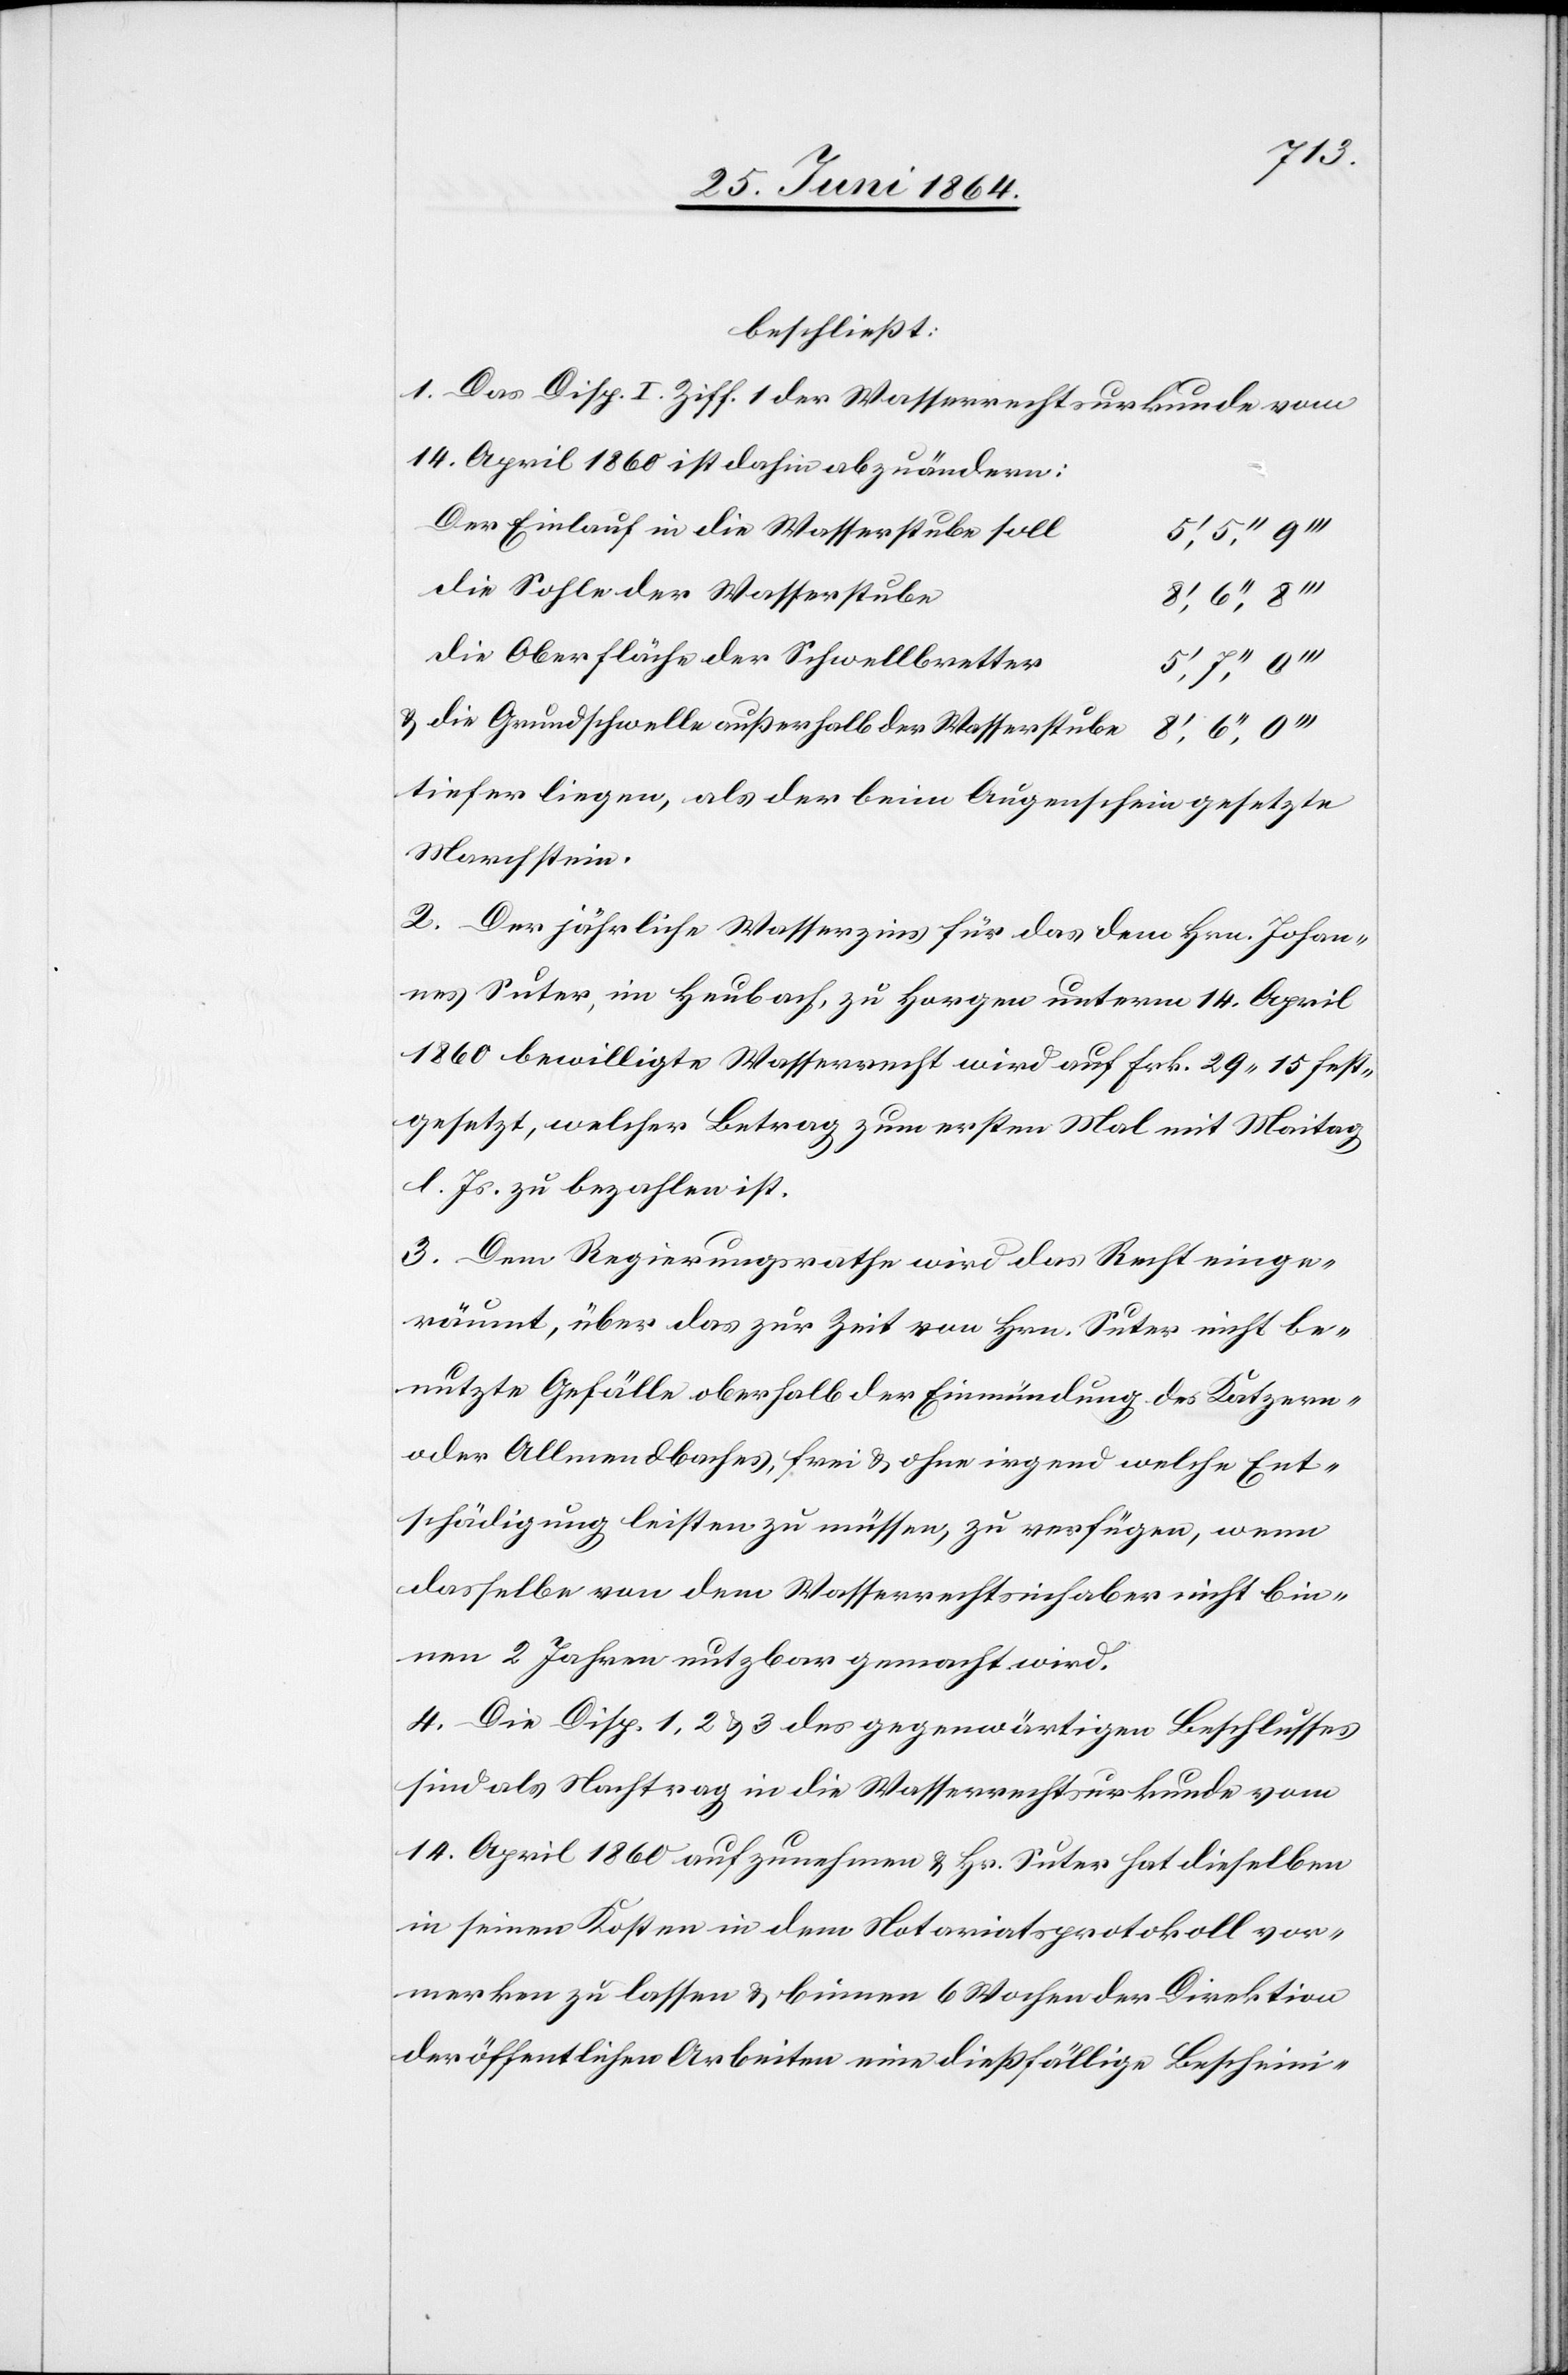
e	8’,
beschließt:
1. Das Disp. I. Ziff. 1 der Wasserrechtsurkunde vom
14. April 1860 ist dahin abzuändern:
Der Einlauf in die Wasserstube sol¬
e				8’,
die Sohle der Wasserstub¬
die Oberfläche der Schwellbrette¬
u.	die Grundschwelle außerhalb der Wasserstub¬
tiefer liegen, als der beim Augenschein gesetzte
Marchstein.
2. Der jährliche Wasserzins für das dem Hrn. Johan¬
nes Suter, im Heubach, zu Horgen unterm 14. April
1860 bewilligte Wasserrecht wird auf Frk. 29 15 fest¬
gesetzt, welcher Betrag zum ersten Mal mit Maitag
l. Js. zu bezahlen ist.
3. Dem Regierungsrathe wird das Recht einge¬
räumt, über das zur Zeit von Hrn. Suter nicht be¬
nutzte Gefälle oberhalb der Einmündung des Katzern-
oder Allmendbaches, frei u. ohne irgend welche Ent¬
schädigung leisten zu müssen, zu verfügen, wenn
dasselbe von dem Wasserrechtsinhaber nicht bin¬
nen 2 Jahren nutzbar gemacht wird.
4. Die Disp. 1, 2 u. 3 des gegenwärtigen Beschlusses
sind als Nachtrag in die Wasserrechtsurkunde vom
14. April 1860 aufzunehmen u. Hr. Suter hat dieselben
in seinen Kosten in dem Notariatsprotokoll vor¬
merken zu lassen u. binnen 6 Wochen der Direktion
der öffentlichen Arbeiten eine dießfällige Bescheini-